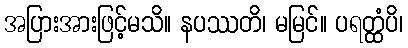
အပြားအားဖြင့်မသိ။ နပဿတိ၊ မမြင်။ ပရတ္ထံပိ၊